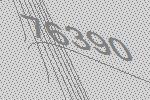
76390